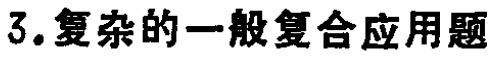
3.复杂的一般复合应用题